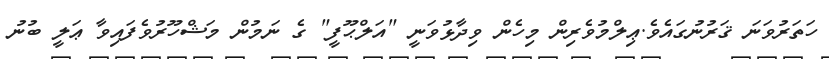
ހަތަރުވަނަ ޤަރުނުގައެވެ.ޢިލްމުވެރިން މިހެން ވިދާޅުވަނީ "އަލްޙޫފީ" ގެ ނަމުން މަޝްހޫރުވެފައިވާ ޢަލީ ބުނު